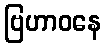
ဗြဟာဝနေ